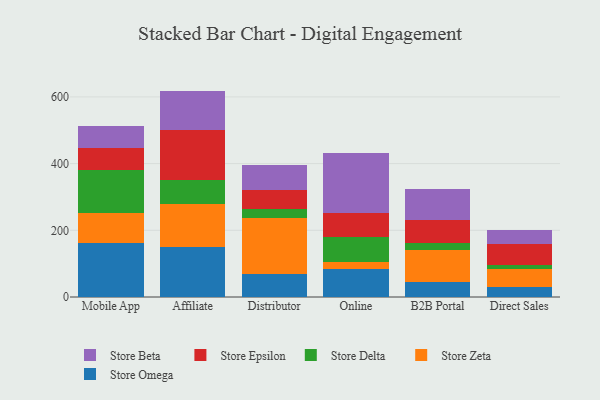
{"axis": {"x": "Channel", "y": "Backlog"}, "legend": ["Store Beta", "Store Delta", "Store Epsilon", "Store Omega", "Store Zeta"], "data": [{"x": "Mobile App", "y": 163.2, "type": "Store Omega"}, {"x": "Mobile App", "y": 88.9, "type": "Store Zeta"}, {"x": "Mobile App", "y": 129.2, "type": "Store Delta"}, {"x": "Mobile App", "y": 66.1, "type": "Store Epsilon"}, {"x": "Mobile App", "y": 65.8, "type": "Store Beta"}, {"x": "Affiliate", "y": 151.4, "type": "Store Omega"}, {"x": "Affiliate", "y": 128.0, "type": "Store Zeta"}, {"x": "Affiliate", "y": 70.9, "type": "Store Delta"}, {"x": "Affiliate", "y": 150.8, "type": "Store Epsilon"}, {"x": "Affiliate", "y": 117.0, "type": "Store Beta"}, {"x": "Distributor", "y": 68.5, "type": "Store Omega"}, {"x": "Distributor", "y": 168.3, "type": "Store Zeta"}, {"x": "Distributor", "y": 28.3, "type": "Store Delta"}, {"x": "Distributor", "y": 56.3, "type": "Store Epsilon"}, {"x": "Distributor", "y": 73.0, "type": "Store Beta"}, {"x": "Online", "y": 85.3, "type": "Store Omega"}, {"x": "Online", "y": 20.9, "type": "Store Zeta"}, {"x": "Online", "y": 74.8, "type": "Store Delta"}, {"x": "Online", "y": 72.3, "type": "Store Epsilon"}, {"x": "Online", "y": 177.0, "type": "Store Beta"}, {"x": "B2B Portal", "y": 45.9, "type": "Store Omega"}, {"x": "B2B Portal", "y": 95.3, "type": "Store Zeta"}, {"x": "B2B Portal", "y": 21.8, "type": "Store Delta"}, {"x": "B2B Portal", "y": 68.9, "type": "Store Epsilon"}, {"x": "B2B Portal", "y": 90.8, "type": "Store Beta"}, {"x": "Direct Sales", "y": 29.7, "type": "Store Omega"}, {"x": "Direct Sales", "y": 55.6, "type": "Store Zeta"}, {"x": "Direct Sales", "y": 10.9, "type": "Store Delta"}, {"x": "Direct Sales", "y": 63.7, "type": "Store Epsilon"}, {"x": "Direct Sales", "y": 41.0, "type": "Store Beta"}]}